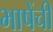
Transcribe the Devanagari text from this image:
भाषेंची